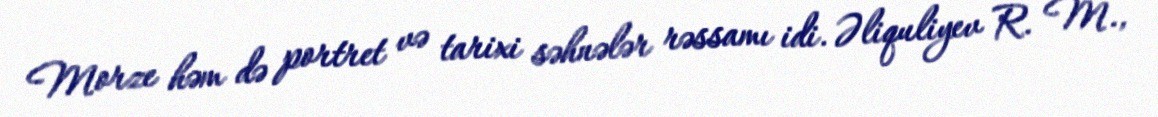
Morze həm də portret və tarixi səhnələr rəssamı idi. Əliquliyev R. M.,